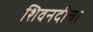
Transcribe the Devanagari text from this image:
शिवनदीचा